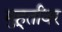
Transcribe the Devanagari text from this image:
मुहूर्तांवर